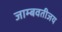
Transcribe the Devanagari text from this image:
जाम्बवतीजय